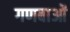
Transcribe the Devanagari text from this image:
गणबाओं